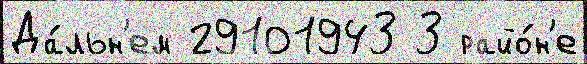
Да́льн'ем 29101943 3 райо́н'е